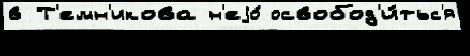
в Т'емн'икова н'еjо́ освобод'и́тьс'я